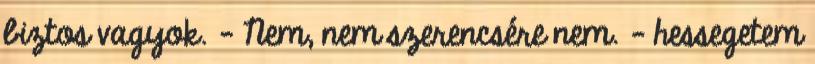
biztos vagyok. - Nem, nem szerencsére nem. – hessegetem